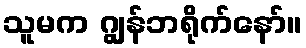
သူမက ဂျွန်ဘရိုက်နော်။